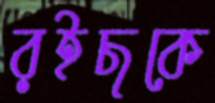
রইছকে